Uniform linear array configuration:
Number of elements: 24
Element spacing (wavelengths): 0.25
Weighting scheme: hamming
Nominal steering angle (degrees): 60
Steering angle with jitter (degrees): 60.484
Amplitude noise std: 0.05
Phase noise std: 0.05

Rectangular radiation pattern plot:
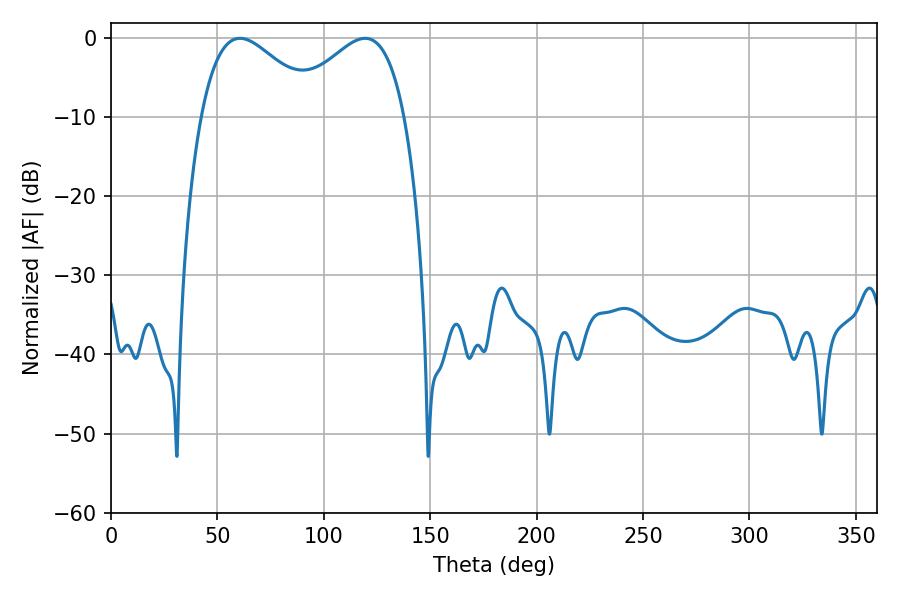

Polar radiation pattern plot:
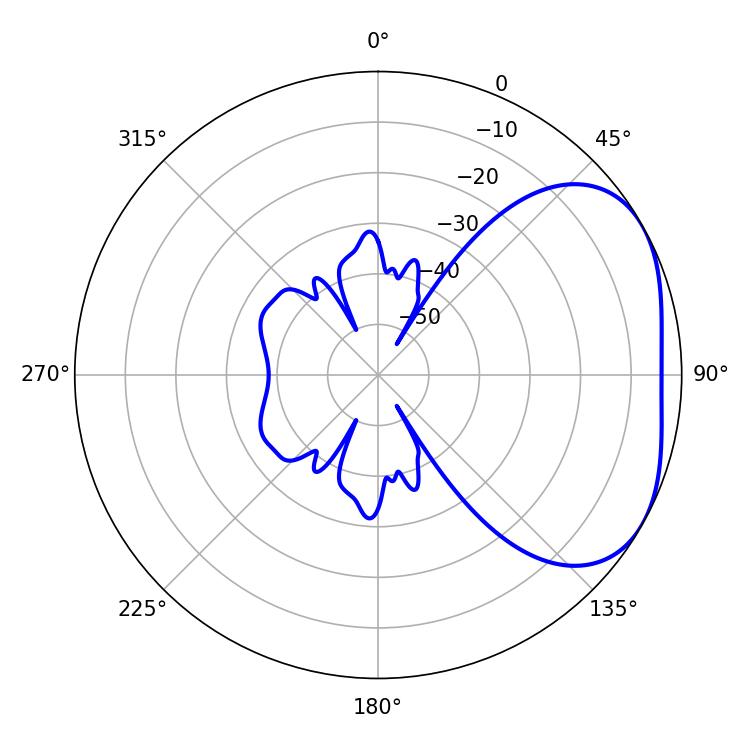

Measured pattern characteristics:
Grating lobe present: FALSE
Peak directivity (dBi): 3.247
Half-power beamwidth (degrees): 29.88
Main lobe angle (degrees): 60.66